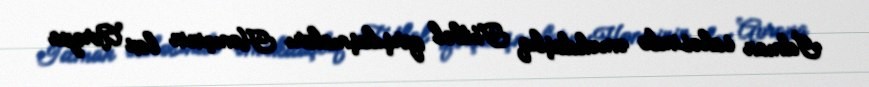
İdman sahəsində əməkdaşlıq Futbol qarşılaşmaları Həmçinin bax Avropa